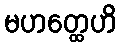
မဟတ္ထေဟိ